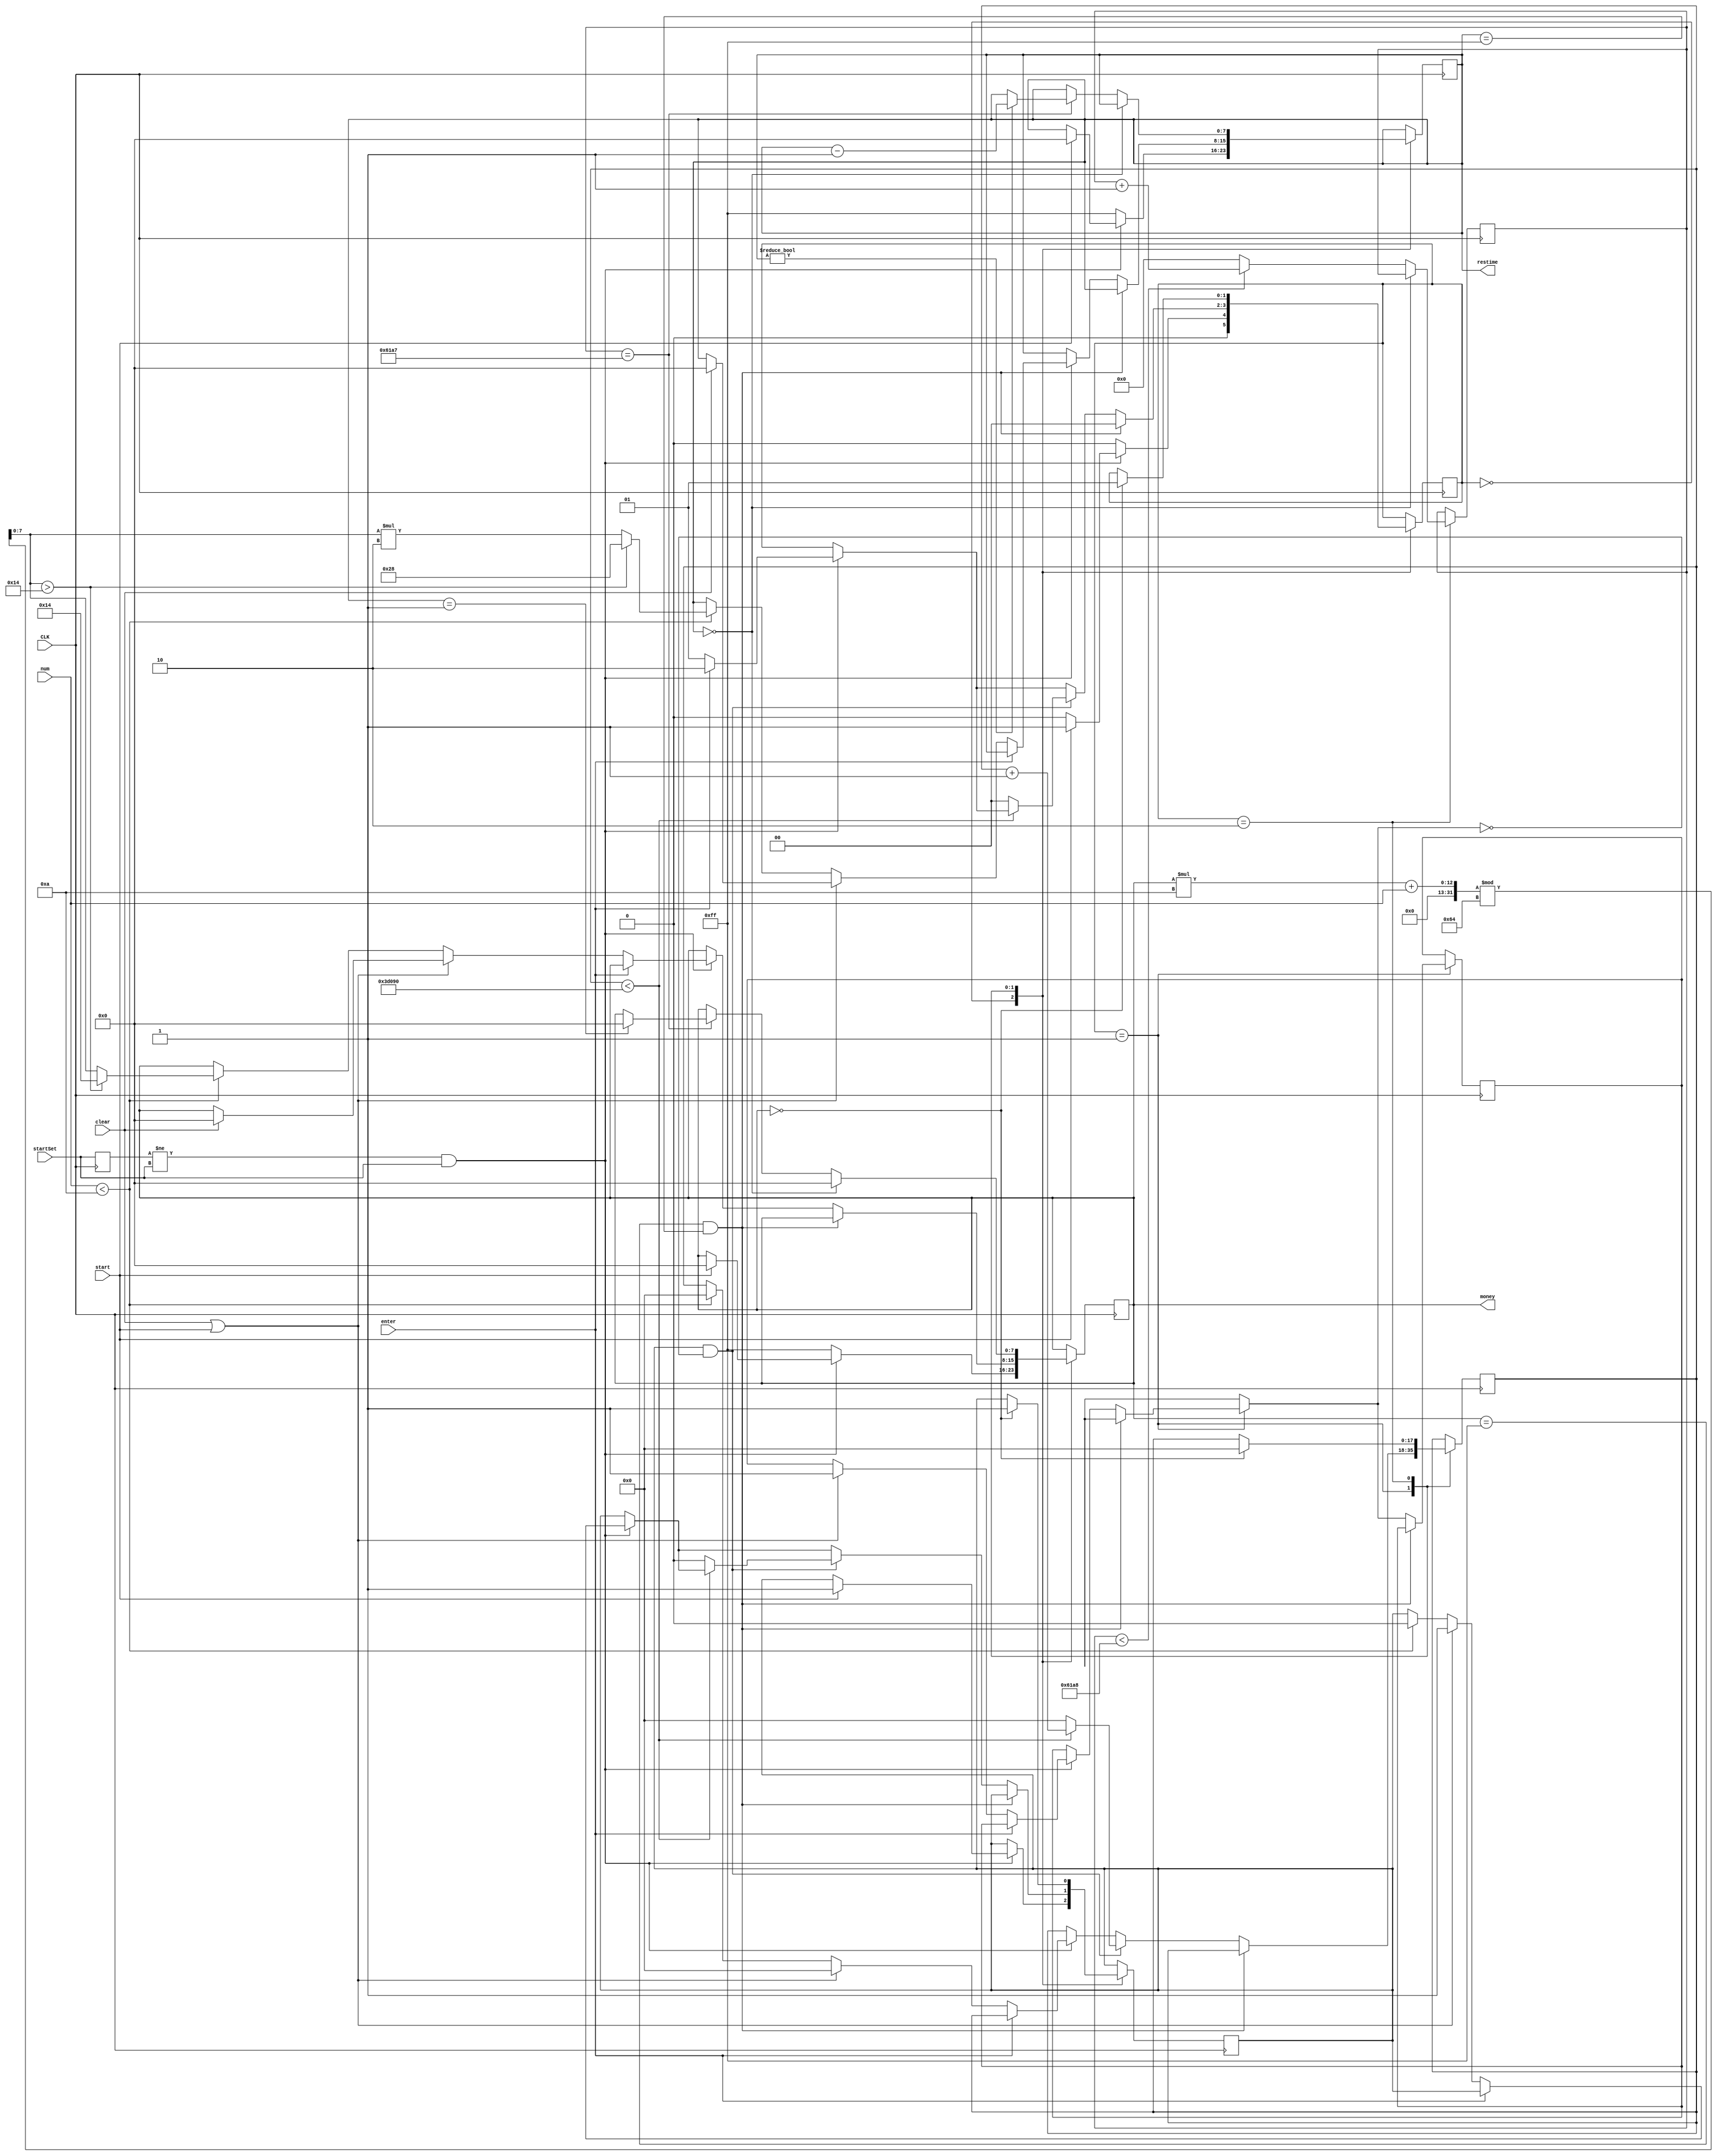
module mechine_save(CLK,startSet,num,start,clear,enter,money,restime);
   input CLK,startSet,start,clear,enter;
	input [4:0] num;
	output reg [7:0] money;
	output reg [7:0] restime;
	
	parameter S0 = 2'b00, S1 = 2'b01, S2 = 2'b10;
	parameter second = 25000;
	parameter pause = 250000;
	
	reg [1:0] state;
	reg timer;
	reg [17:0] pause_count;
	reg [14:0] time_count;
	
	reg [7:0]next_money;
	reg last_set;
	wire set = ((last_set != startSet) && startSet);
	reg reset;
//	assign next_money = (money * 10 + num) % 100;
	
	initial
	begin
	   state <= S0;
		timer <= 0;
		pause_count <= 0;
		time_count <= 0;
		money <= 8'hff;
		restime <= 8'hff;
		reset = 0;
	end
	
	always @ (posedge CLK)
	begin
	   case (state)
		S0:
		begin
		   if (set)
			begin
			   if (start)
				begin
					state <= S1;
					money <= 0;
					restime <= 0;
					timer <= 1;
				end
				else
				   state <= S0;
			end
			else
			begin
			   state <= S0;
				money <= 8'hff;
				restime <= 8'hff;
			end
		end
		S1:
		begin
		   if (money == 8'hff && restime == 8'hff)
			   state <= S0;
			else
			begin
			   if (set)
				begin
				   if (enter)
					   state <= S2;
					else
					begin
					   state <= S1;
						if (clear || start)
						begin
						   if (clear)
							begin
							   money <= 0;
								restime <= 0;
							end
							else
							begin
							   if (money == 8'hff && restime == 8'hff)
								begin
								   money <= 0;
									restime <= 0;
								end
							end
							reset = 1;
							timer <= 1;
							pause_count <= 0;
						end
						else if (num < 10)
						begin
						   timer <= 0;
							pause_count <= 0;
							next_money = (money * 10 + num) % 100;
//							money <= (money * 10 + num) % 100;
							if (next_money > 20)
							begin
							   money <= 20;
								restime <= 40;
							end
							else
							begin
								money <= next_money;
								restime <= next_money * 2;
							end
						end
					end
				end
				if (timer && (!reset))
				begin
				   if (pause_count < pause)
					   pause_count <= pause_count + 1;
					else
					begin
					   pause_count <= pause + 1;
						state <= S0;
						timer <= 0;
						pause_count <= 0;
					end
				end
			end
		end
		S2:
		begin
			if (restime == 0)
				money <= 0;
			else
			begin
				if (time_count < second)
					time_count <= time_count + 1;
				else
					time_count <= 0;
				if (time_count == second - 1)
				begin
					if (restime != 0)
						restime <= restime - 1;
					if (restime == 1)
						money <= 0;
				end
			end
			if (money == 0)
			begin
			   state <= S1;
				timer <= 1;
				pause_count <= 0;
			end
		end
		endcase
		last_set <= startSet;
	end
endmodule